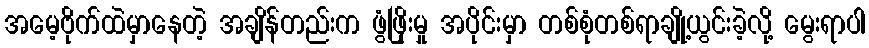
အမေ့ဗိုက်ထဲမှာနေတဲ့ အချိန်တည်းက ဖွံဖြိုးမှု အပိုင်းမှာ တစ်စုံတစ်ရာချို့ယွင်းခဲ့လို့ မွေးရာပါ